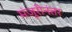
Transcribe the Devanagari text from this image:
मंजूरीनंतर